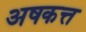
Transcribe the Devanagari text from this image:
अषकत्त